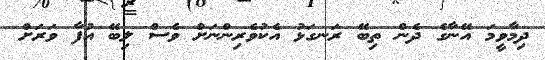
ދިމާވީމަ އޭނާގެ ދެން ތިބޭ ރަނގަޅު އެކުވެރިންނަށް ވެސް ލިބޭ އުފާ ވަރަށް